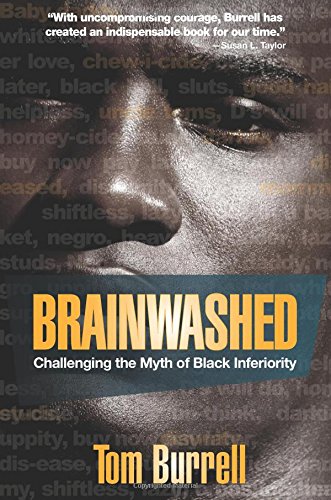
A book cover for Brainwashed: Challenging the Myth of Black Inferiority; Tom Burrell; Health, Fitness & Dieting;